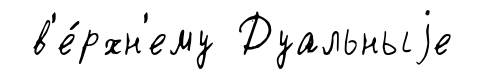
в'е́рхн'ему Дуальныjе